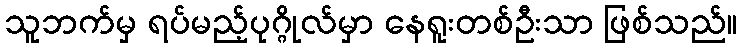
သူဘက်မှ ရပ်မည့်ပုဂ္ဂိုလ်မှာ နေရူးတစ်ဦးသာ ဖြစ်သည်။